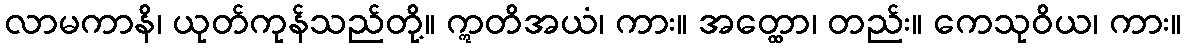
လာမကာနိ၊ ယုတ်ကုန်သည်တို့။ ဣတိအယံ၊ ကား။ အတ္ထော၊ တည်း။ ကေသုဝိယ၊ ကား။